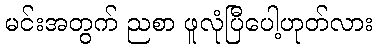
မင်းအတွက် ညစာ ဖူလုံပြီပေါ့ဟုတ်လား